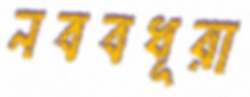
নববধূরা